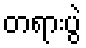
တရားပွဲ